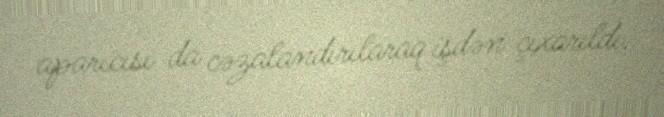
aparıcısı da cəzalandırılaraq işdən çıxarıldı.